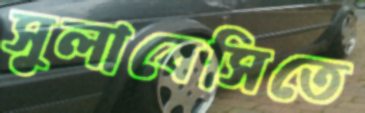
সুলাবেসিতে